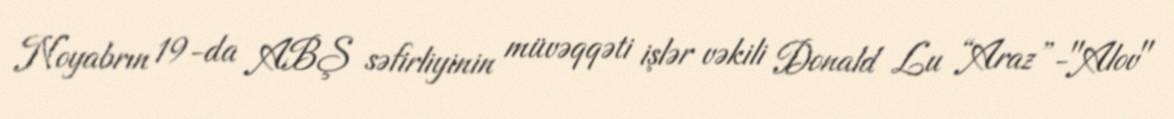
Noyabrın 19-da ABŞ səfirliyinin müvəqqəti işlər vəkili Donald Lu “Araz”-"Alov"